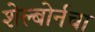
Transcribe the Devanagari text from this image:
शेल्बोर्नचा